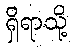
ရှိရာသို့